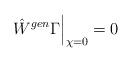
LaTeX: \begin{align*} \hat W^{gen} {\Gamma} \Big|_{\chi =0 } = 0\end{align*}